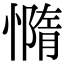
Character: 憜